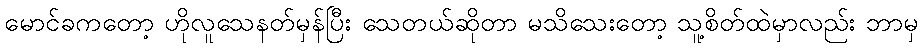
မောင်ခကတော့ ဟိုလူသေနတ်မှန်ပြီး သေတယ်ဆိုတာ မသိသေးတော့ သူ့စိတ်ထဲမှာလည်း ဘာမှ